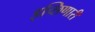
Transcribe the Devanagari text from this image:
इच्छिणारी